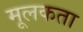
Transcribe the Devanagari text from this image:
मूलकता